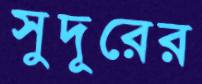
সুদূরের